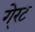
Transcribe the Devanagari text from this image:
गे्रट